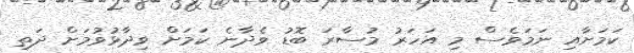
ކަމަށާއި ނަމަވެސް މި އަހަރު މުސާރަ ބޮޑު ވެދާނެ ކަމަށް ވިދާޅުވުމަށް ދަތި